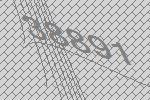
38891